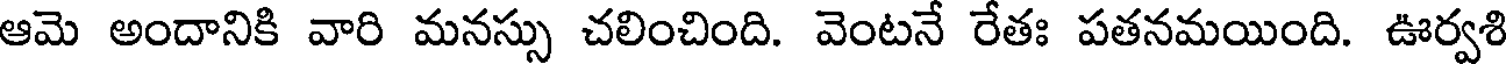
ఆమె అందానికి వారి మనస్సు చలించింది. వెంటనే రేతః పతనమయింది. ఊర్వశి